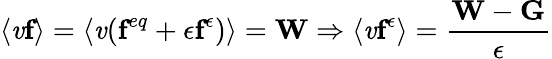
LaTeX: \left\langle\mathit{v}\textbf{{f}}\right\rangle=\left\langle\mathit{v}(\textbf{{f}}^{eq}+\epsilon\textbf{{f}}^{\epsilon})\right\rangle=\textbf{{W}}\Rightarrow\left\langle\mathit{v}\textbf{{f}}^{\epsilon}\right\rangle=\frac{{\textbf{{W}}-\textbf{{G}}}}{{\epsilon}}